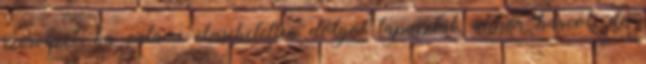
szervezet, ha valami elvisehetetlen dolgot tapasztal, akkor harcol, de